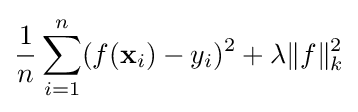
{\frac {1}{n}}\sum _{i=1}^{n}(f(\mathbf {x} _{i})-y_{i})^{2}+\lambda \|f\|_{k}^{2}